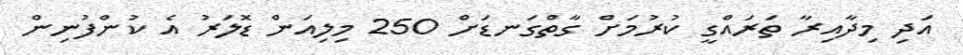
އަދި މިދާއިރާ ތަރައްގީ ކުރުމަށް ގާތްގަނޑަަށް 250 މިލިއަން ޑޮލަރު އެ ކުންފުނިން